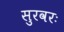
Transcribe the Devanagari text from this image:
सुरवरः